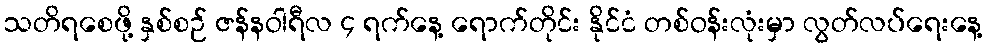
သတိရစေဖို့ နှစ်စဉ် ဇန်နဝါရီလ ၄ ရက်နေ့ ရောက်တိုင်း နိုင်ငံ တစ်ဝန်းလုံးမှာ လွတ်လပ်ရေးနေ့